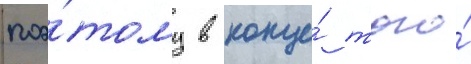
поэ́тому в конце́ того́